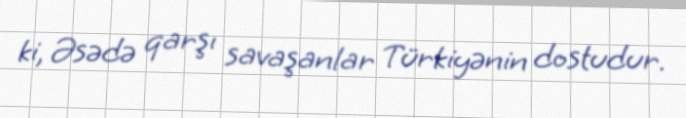
ki, Əsədə qarşı savaşanlar Türkiyənin dostudur.